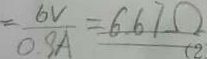
= \frac { 6 V } { 0 . 9 A } = 6 . 6 7 \Omega